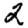
Digit: 2